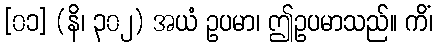
[၀၁] (နိ၊ ၃၀၂) အယံ ဥပမာ၊ ဤဥပမာသည်။ ကိံ၊